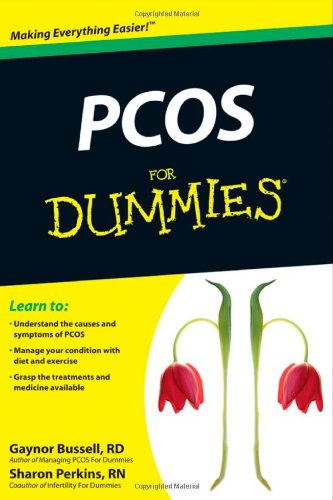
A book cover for PCOS For Dummies; Gaynor Bussell; Health, Fitness & Dieting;